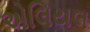
એલિયલ